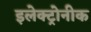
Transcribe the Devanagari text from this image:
इलेक्ट्रोनीक